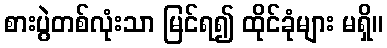
စားပွဲတစ်လုံးသာ မြင်ရ၍ ထိုင်ခုံများ မရှိ။